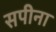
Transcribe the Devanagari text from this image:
सपीना